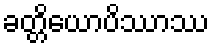
ခတ္တိယောပိဿာဿ